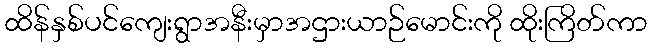
ထိန်နှစ်ပင်ကျေးရွာအနီးမှာအဌားယာဉ်မောင်းကို ထိုးကြိတ်ကာ